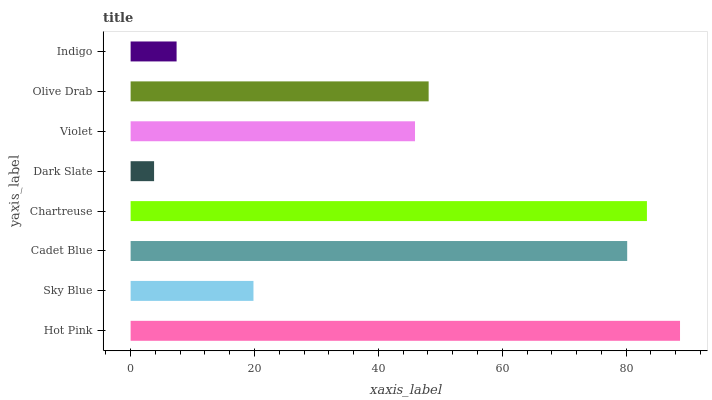
| yaxis_label | bars |
 | --- | --- |
 | Hot Pink | 88.7 |
 | Sky Blue | 19.8 |
 | Cadet Blue | 80.2 |
 | Chartreuse | 83.4 |
 | Dark Slate | 3.79 |
 | Violet | 45.9 |
 | Olive Drab | 48.1 |
 | Indigo | 7.42 |